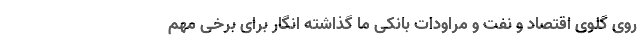
رو‌ی گلوی اقتصاد و نفت و مراودات بانکی ما گذاشته انگار برای برخی مهم